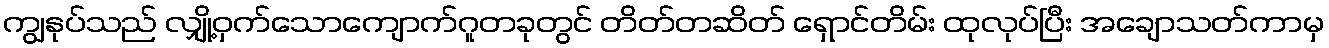
ကျွနုပ်သည် လျှို့ဝှက်သောကျောက်ဂူတခုတွင် တိတ်တဆိတ် ရှောင်တိမ်း ထုလုပ်ပြီး အချောသတ်ကာမှ